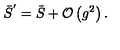
\bar { S } ^ { ^ { \prime } } = \bar { S } + { \mathcal { O } } \left( g ^ { 2 } \right) .